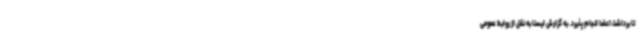
تا برداشت اعضا انجام پذیرد. به گزارش ایسنا به نقل از روابط عمومی